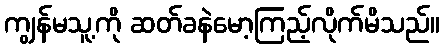
ကျွန်မသူ့ကို ဆတ်ခနဲမော့ကြည့်လိုက်မိသည်။